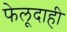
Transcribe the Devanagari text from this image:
फेलूदाही